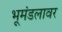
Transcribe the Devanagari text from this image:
भूमंडलावर